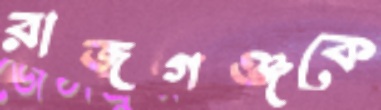
রাজগঞ্জকে